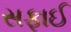
સફાઈ